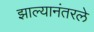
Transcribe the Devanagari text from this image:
झाल्यानंतरले